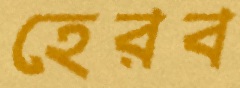
হেরব